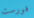
فورست